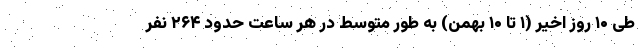
طی ۱۰ روز اخیر (۱ تا ۱۰ بهمن) به طور متوسط در هر ساعت حدود ۲۶۴ نفر